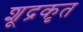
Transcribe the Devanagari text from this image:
शूद्रकृत